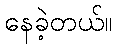
နေခဲ့တယ်။